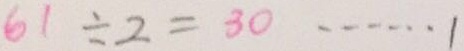
6 1 \div 2 = 3 0 \cdots 1